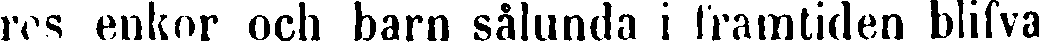
res enkor och barn sålunda i framtiden blifva